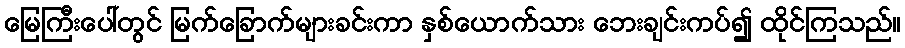
မြေကြီးပေါ်တွင် မြက်ခြောက်များခင်းကာ နှစ်ယောက်သား ဘေးချင်းကပ်၍ ထိုင်ကြသည်။